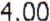
4.00